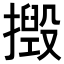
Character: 𢶙